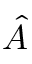
\hat { A }